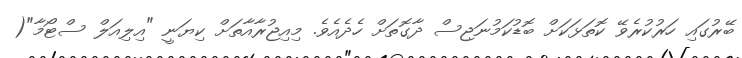
ބޭރުގައި ހަރުކުރެވޭ ކޮތަޅަކަށް ބޮޑުކަމުނަޖިސް ދާގޮތަށް ހެދެއެވެ. މިއިޖުރާއާތަށް ކިޔަނީ "އިލިއަލް ސްޓޯމާ"(